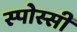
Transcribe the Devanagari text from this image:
स्पोस्सी